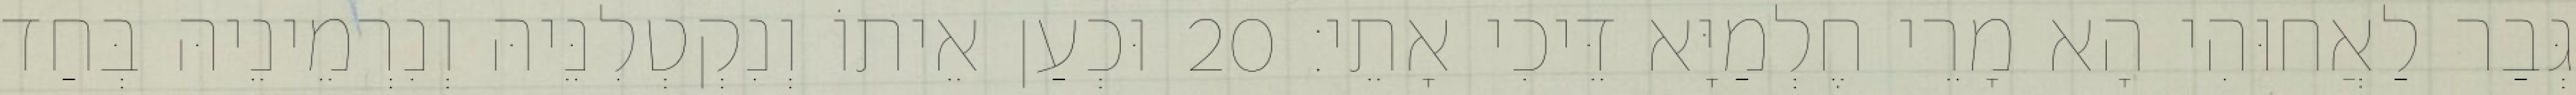
גְּבַר לַאֲחוּהִי הָא מָרֵי חֶלְמַיָּא דֵּיכִי אָתֵי׃ 20 וּכְעַן אֵיתוֹ וְנִקְטְלִנֵּיהּ וְנִרְמֵינֵיהּ בְּחַד